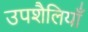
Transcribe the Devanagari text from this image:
उपशैलियाँ